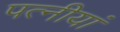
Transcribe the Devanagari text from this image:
पत्नीयां